Scottish Leaving Certificate Examination, 1957
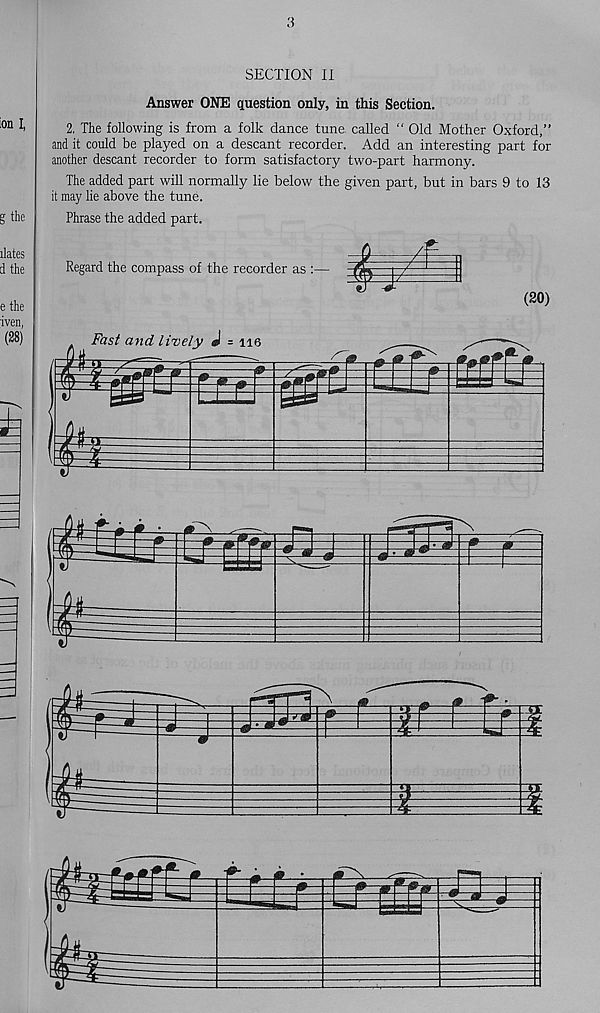
3
SECTION II
Answer ONE question only, in this Section.
2. The following is from a folk dance tune called “ Old Mother Oxford,”
and it could be played on a descant recorder. Add an interesting part for
another descant recorder to form satisfactory two-part harmony.
The added part will normally lie below the given part, but in bars 9 to 13
it may lie above the tune.
Phrase the added part.
Regard the compass of the recorder as :—
(20)